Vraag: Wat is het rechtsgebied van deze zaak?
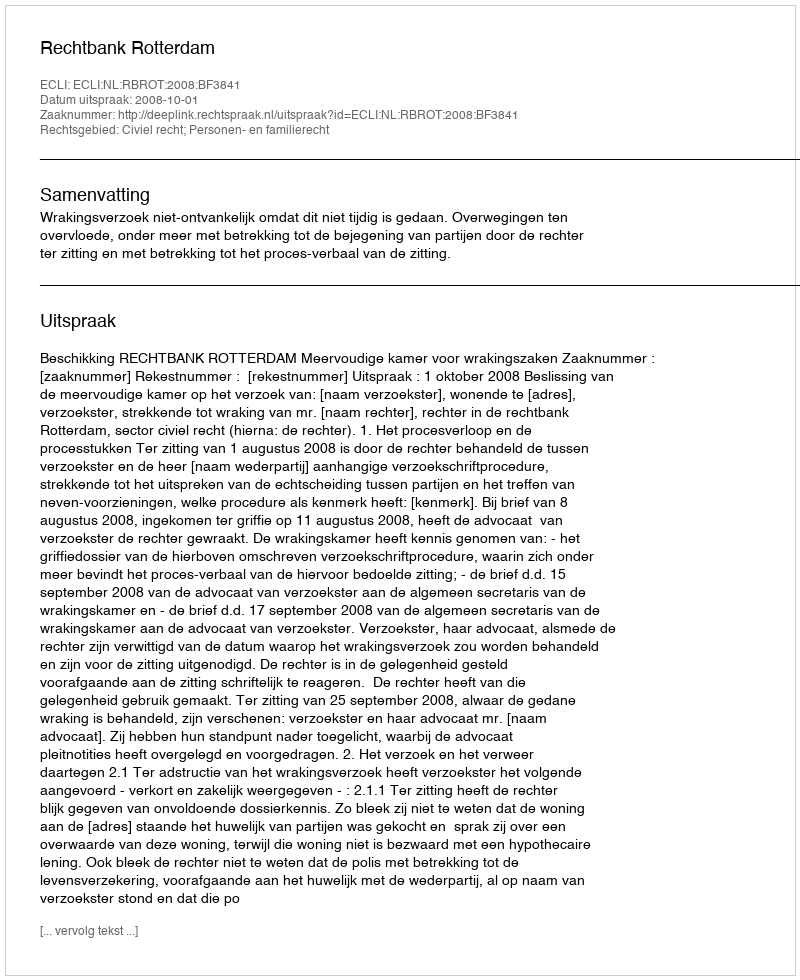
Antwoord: Civiel recht; Personen- en familierecht